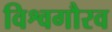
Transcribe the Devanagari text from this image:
विश्वगौरव